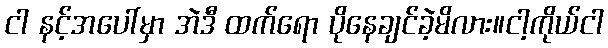
ငါ နင့်အပေါ်မှာ အဲဒီ ထက်ရော ပိုနေချင်ခဲ့မိလား။ငါ့ကိုယ်ငါ